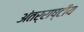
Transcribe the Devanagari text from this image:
अंतर्राष्टींय